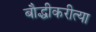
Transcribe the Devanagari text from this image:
बौद्धीकरीत्या